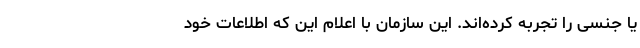
یا جنسی را تجربه کرده‌اند. این سازمان با اعلام این که اطلاعات خود